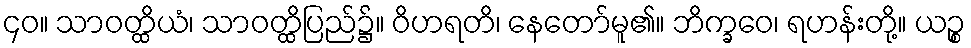
၄၀။ သာဝတ္ထိယံ၊ သာဝတ္ထိပြည်၌။ ဝိဟရတိ၊ နေတော်မူ၏။ ဘိက္ခဝေ၊ ရဟန်းတို့။ ယဉ္စ